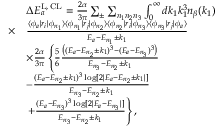
\begin{array} { r l } & { \Delta E _ { a } ^ { \mathrm { L , \, C L } } = \frac { 2 \alpha } { 3 \pi } \sum _ { \pm } \sum _ { n _ { 1 } n _ { 2 } n _ { 3 } } \int _ { 0 } ^ { \infty } d k _ { 1 } k _ { 1 } ^ { 3 } n _ { \beta } ( k _ { 1 } ) } \\ { \times } & { \frac { \langle \phi _ { a } | r _ { i } | \phi _ { n _ { 1 } } \rangle \langle \phi _ { n _ { 1 } } | r _ { j } | \phi _ { n _ { 2 } } \rangle \langle \phi _ { n _ { 2 } } | r _ { i } | \phi _ { n _ { 3 } } \rangle \langle \phi _ { n _ { 3 } } | r _ { j } | \phi _ { a } \rangle } { E _ { a } - E _ { n _ { 1 } } \pm k _ { 1 } } } \\ & { \times \frac { 2 \alpha } { 3 \pi } \left\lbrace \frac { 5 } { 6 } \frac { \left( ( E _ { a } - E _ { n _ { 2 } } \pm k _ { 1 } ) ^ { 3 } - ( E _ { a } - E _ { n _ { 3 } } ) ^ { 3 } \right) } { E _ { n _ { 3 } } - E _ { n _ { 2 } } \pm k _ { 1 } } \right. } \\ & { - \frac { ( E _ { a } - E _ { n _ { 2 } } \pm k _ { 1 } ) ^ { 3 } \log [ 2 | E _ { a } - E _ { n _ { 2 } } \pm k _ { 1 } | ] } { E _ { n _ { 3 } } - E _ { n _ { 2 } } \pm k _ { 1 } } } \\ & { \left. + \frac { ( E _ { a } - E _ { n _ { 3 } } ) ^ { 3 } \log [ 2 | E _ { a } - E _ { n _ { 3 } } | ] } { E _ { n _ { 3 } } - E _ { n _ { 2 } } \pm k _ { 1 } } \right\rbrace , } \end{array}